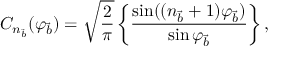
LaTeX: C _ { n _ { \vec { b } } } ( \varphi _ { \vec { b } } ) = \sqrt { \frac { 2 } { \pi } } \left\{ \frac { \sin ( ( n _ { \vec { b } } + 1 ) \varphi _ { \vec { b } } ) } { \sin \varphi _ { \vec { b } } } \right\} ,